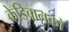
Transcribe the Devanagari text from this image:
क्रेडिबानको